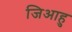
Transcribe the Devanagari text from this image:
जिआहु